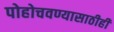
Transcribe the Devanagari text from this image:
पोहोचवण्यासाठीही